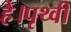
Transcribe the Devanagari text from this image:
है।पृथ्वी